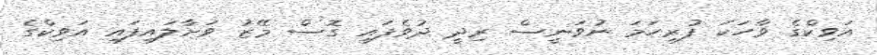
އަވިކްގެ ވާހަކަ ފުރިހަމަ ނުވަނީސް ރިދީ ދުވެފައި ގޮސް މޭޒު ވަށާލައިފައި އަވިކްގެ